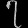
Digit: ၇